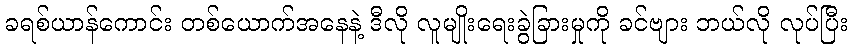
ခရစ်ယာန်ကောင်း တစ်ယောက်အနေနဲ့ ဒီလို လူမျိုးရေးခွဲခြားမှုကို ခင်ဗျား ဘယ်လို လုပ်ပြီး